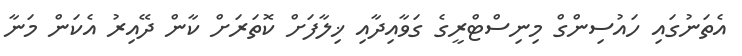
އެތަނުގައި ހައުސިންގް މިނިސްޓްރީގެ ގަވާއިދާއި ޚިލާފަށް ކޮތަރަށް ކާން ދޭއިރު އެކަން މަނާ